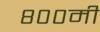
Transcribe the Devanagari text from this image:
८००मी